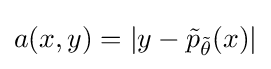
a(x,y)=|y-{\tilde {p}}_{\tilde {\theta }}(x)|